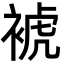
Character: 裭